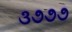
૩૭૭૭